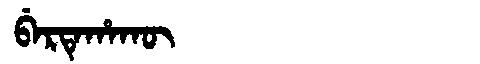
Manchu: ᠪᡝᡵᡨᡝᡥᠠᡴᡡ
Romanization: BERTEHAKŪ